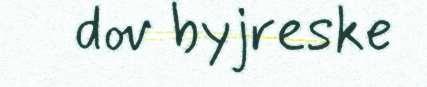
dov byjreske